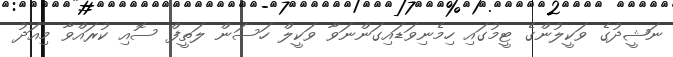
ނަޝީދުގެ ވަކީލުންގެ ޓީމުގައި ހިމެނިވަޑައިގަންނަވާ ވަކީލް ހަސަން ލަތީފް ސޮއި ކުރައްވާ މިއަދު